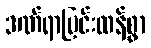
ဒဏ်ရာပြင်းထန်စွာ